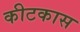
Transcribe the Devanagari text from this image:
कीटकास